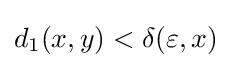
d_{1}(x,y)<\delta (\varepsilon ,x)